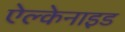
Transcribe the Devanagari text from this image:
ऐल्केनाइड